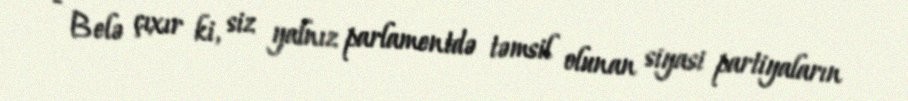
- Belə çıxır ki, siz yalnız parlamentdə təmsil olunan siyasi partiyaların